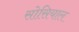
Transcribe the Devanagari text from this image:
सोसियाल